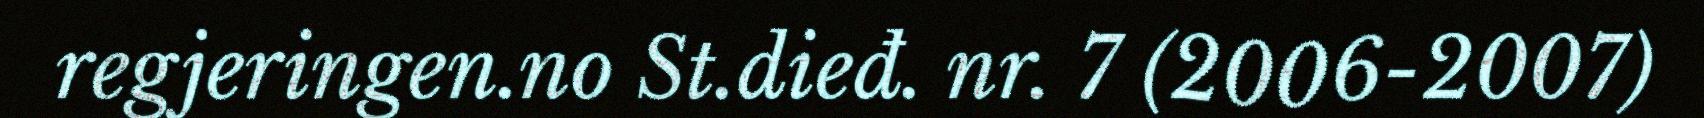
regjeringen.no St.dieđ. nr. 7 (2006-2007)